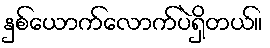
နှစ်ယောက်လောက်ပဲရှိတယ်။